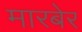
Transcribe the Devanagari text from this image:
मारबेर